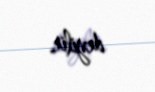
deyilir.